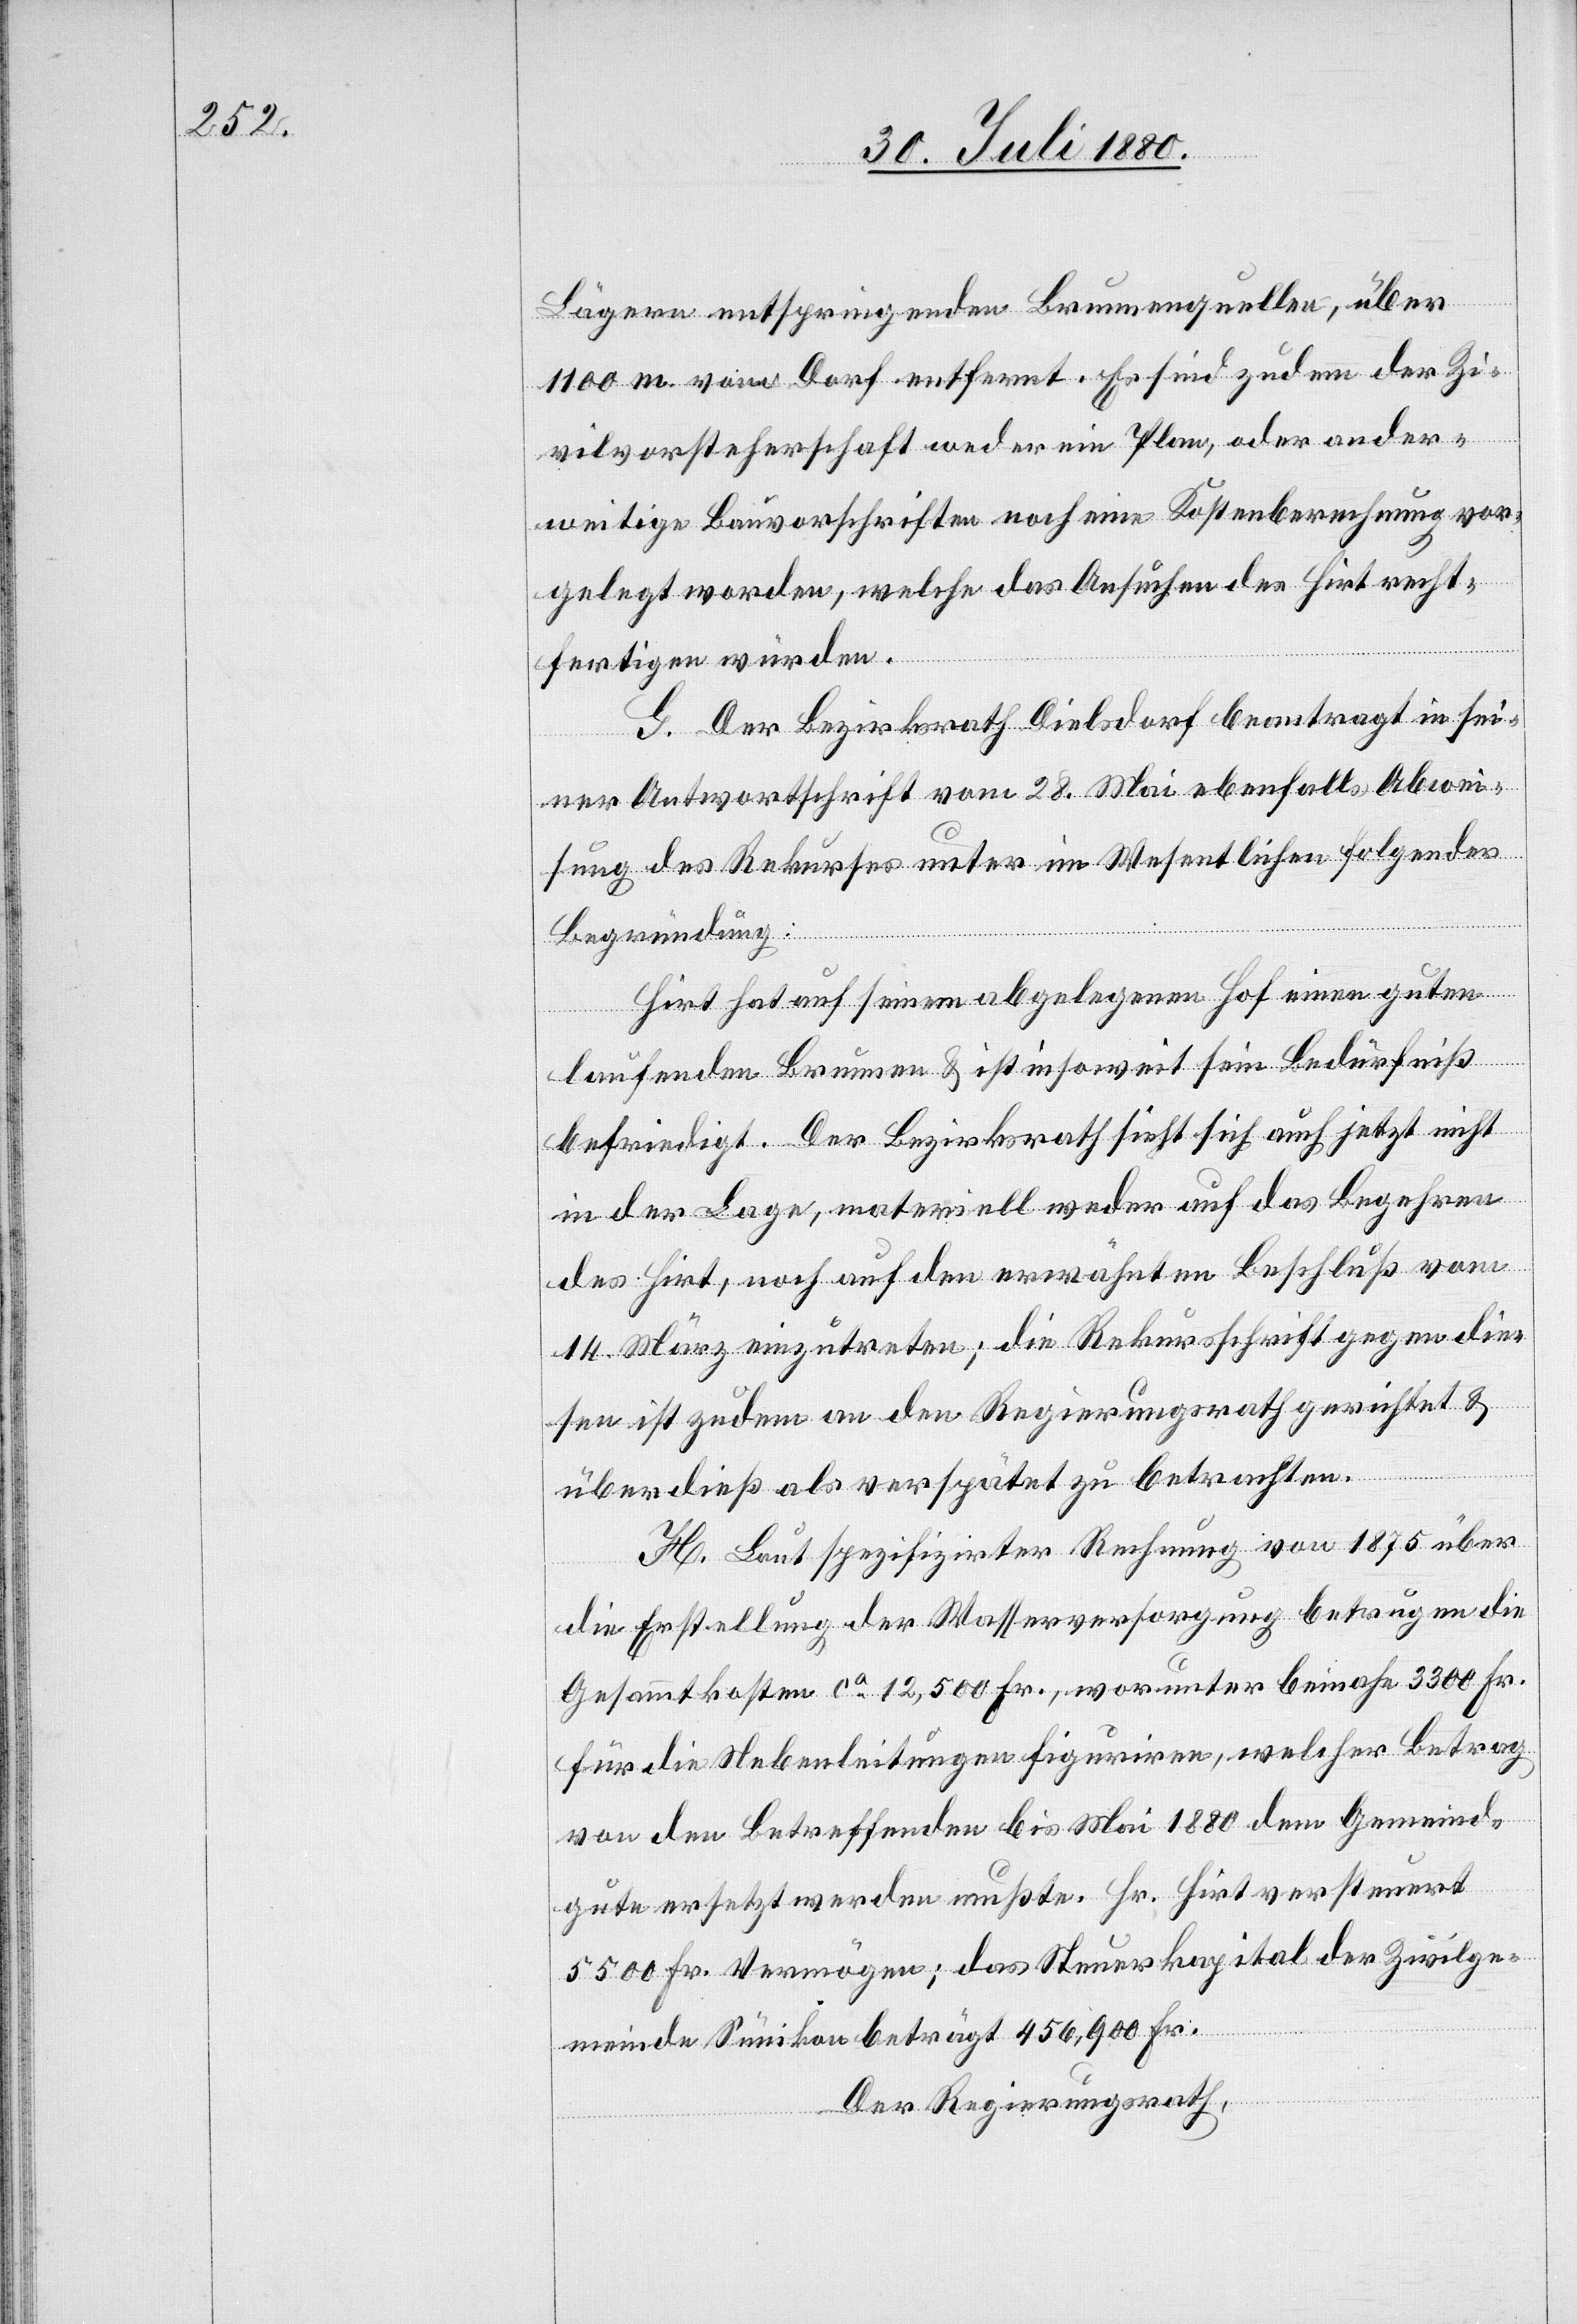
Lägern entspringenden Brunnenquellen, über
1100 m vom Dorf entfernt. Es sind zudem der Zi¬
vilvorsteherschaft weder ein Plan, oder ander¬
weitige Bauvorschriften noch eine Kostenberechnung vor¬
gelegt worden, welche das Ansuchen des Hirt recht¬
fertigen würden.
G. Der Bezirksrath Dielsdorf beantragt in sei¬
ner Antwortschrift vom 28. Mai ebenfalls Abwei¬
sung des Rekurses unter im Wesentlichen folgender
Begründung:
Hirt hat auf seinem abgelegenen Hof einen guten
laufenden Brunnen & ist insoweit sein Bedürfniß
befriedigt. Der Bezirksrath sieht sich auch jetzt nicht
in der Lage, materiell weder auf das Begehren
des Hirt, noch auf den erwähnten Beschluß vom
14. März einzutreten; die Rekursschrift gegen die¬
sen ist zudem an den Regierungsrath gerichtet &
überdieß als verspätet zu betrachten.
H. Laut spezifizirter Rechnung von 1875 über
die Erstellung der Wasserversorgung betrugen die
Gesammtkosten ca 12,500 Fr., worunter beinahe 3300 Fr.
für die Nebenleitungen figuriren, welcher Betrag
von den Betreffenden bis Mai 1880 dem Gemeind¬
gute ersetzt werden mußte. Hr. Hirt versteuert
5500 Fr. Vermögen; das Steuerkapital der Zivilge¬
meinde Sünikon beträgt 456,900 Fr.
Der Regierungsrath,